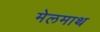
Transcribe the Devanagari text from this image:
मेलमाथ